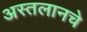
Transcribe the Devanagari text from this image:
अस्तलानचे